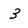
Character: 3